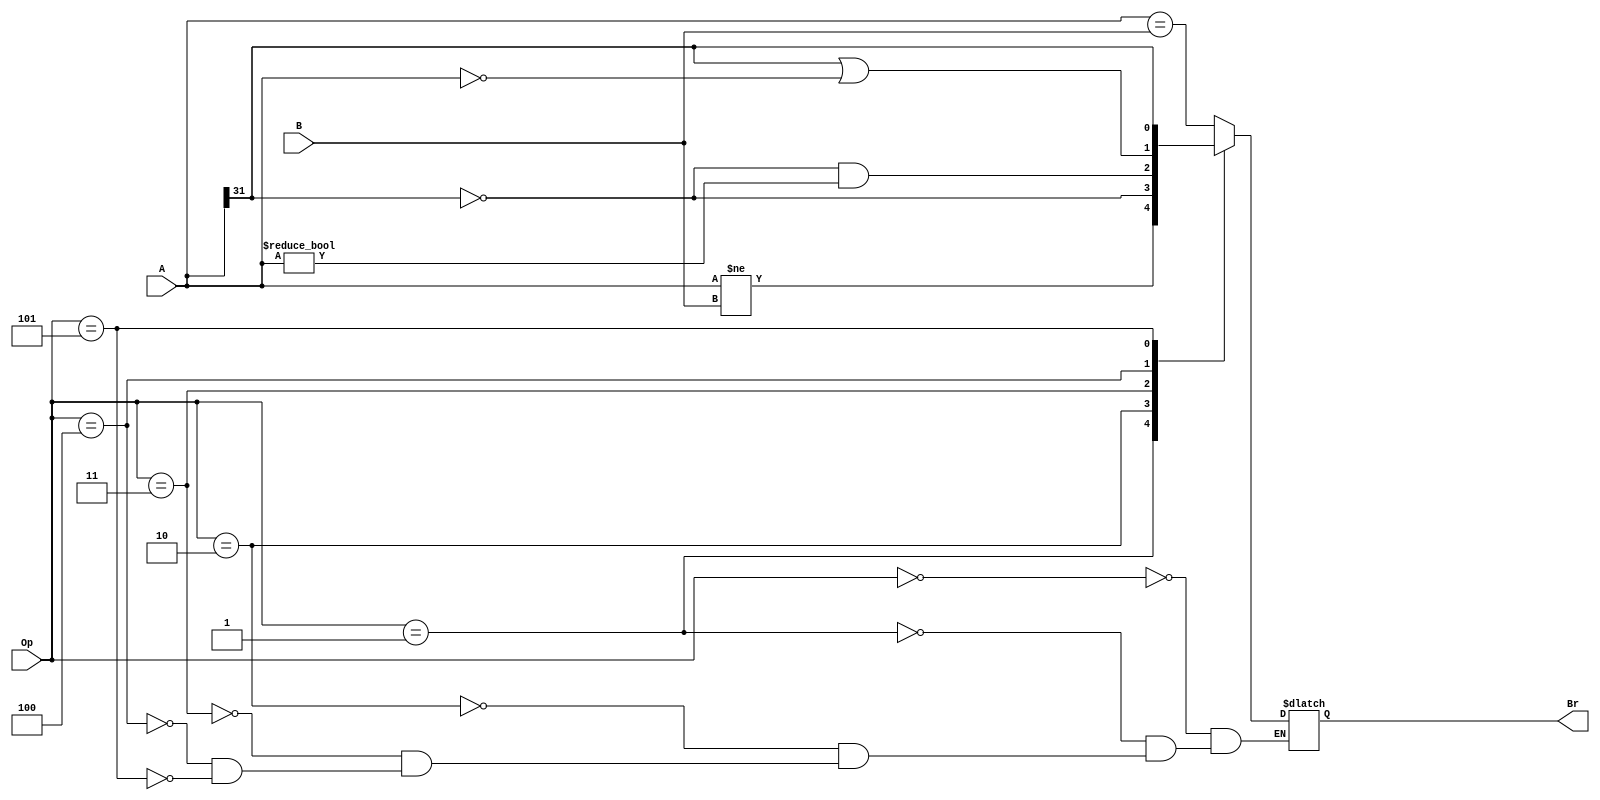
module cmp(A,B,Op,Br);
   input  [31:0]  A,B;
	input  [2:0]   Op;
	output         Br;
	reg            Br;
	always@(A or B or Op)
      begin
		case(Op)
		   3'b000:   //beq
			Br = (A == B);
			3'b001:   //bne
			Br = (A != B);
			3'b010:   //bgez
			Br = (A[31] == 0);	
         3'b011:   //bgtz
         Br = ((A[31]==0) && (A != 32'b0));
         3'b100:   //blez
         Br = ((A[31] == 1) || (A == 32'b0));
         3'b101:   //bltz
         Br = (A[31] == 1);			
		endcase
		end
endmodule